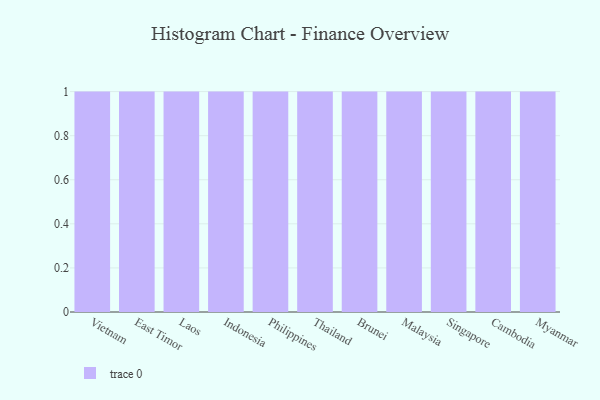
{"axis": {"x": "Country", "y": "Page Views"}, "legend": [""], "data": [{"x": "Vietnam", "y": 41, "type": ""}, {"x": "East Timor", "y": 3, "type": ""}, {"x": "Laos", "y": 35, "type": ""}, {"x": "Indonesia", "y": 55, "type": ""}, {"x": "Philippines", "y": 53, "type": ""}, {"x": "Thailand", "y": 39, "type": ""}, {"x": "Brunei", "y": 57, "type": ""}, {"x": "Malaysia", "y": 77, "type": ""}, {"x": "Singapore", "y": 62, "type": ""}, {"x": "Cambodia", "y": 9, "type": ""}, {"x": "Myanmar", "y": 2, "type": ""}]}